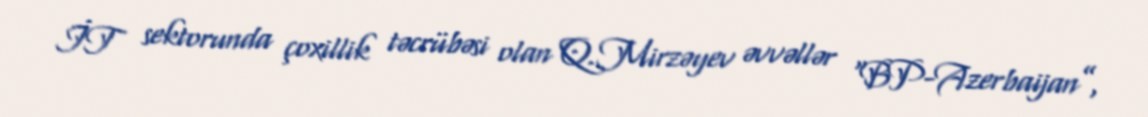
İT sektorunda çoxillik təcrübəsi olan Q.Mirzəyev əvvəllər “BP-Azerbaijan”,